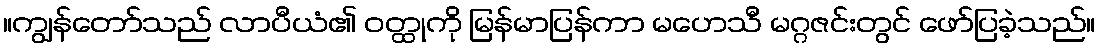
။ကျွန်တော်သည် လာပီယံ၏ ဝတ္ထုကို မြန်မာပြန်ကာ မဟေသီ မဂ္ဂဇင်းတွင် ဖော်ပြခဲ့သည်။